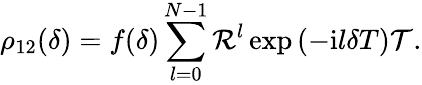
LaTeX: \rho_{12}(\delta)=f(\delta)\sum_{l=0}^{N-1}\mathcal{R}^{l}\exp\left(-\mathrm{i}l\delta T\right)\mathcal{T}.